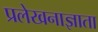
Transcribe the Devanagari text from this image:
प्रलेखनाज्ञाता